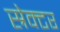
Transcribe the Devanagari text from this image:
स्रेक्टर